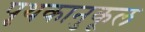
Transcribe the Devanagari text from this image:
पृथकानुकूल